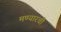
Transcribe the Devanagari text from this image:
मण्यारची